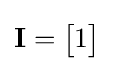
\mathbf {I} ={\begin{bmatrix}1\end{bmatrix}}